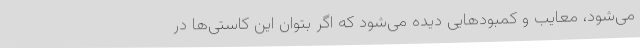
می‌شود، معایب و کمبودهایی دیده می‌شود که اگر بتوان این کاستی‌ها در